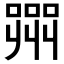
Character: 𭊲